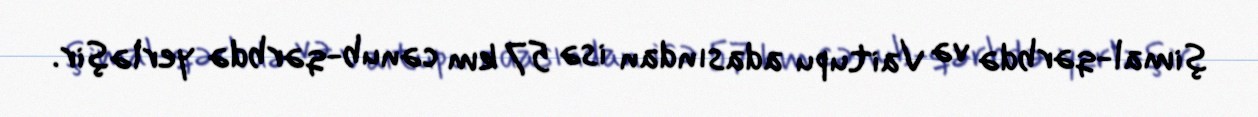
şimal-qərbdə və Vaitupu adasından isə 57 km cənub-qərbdə yerləşir.